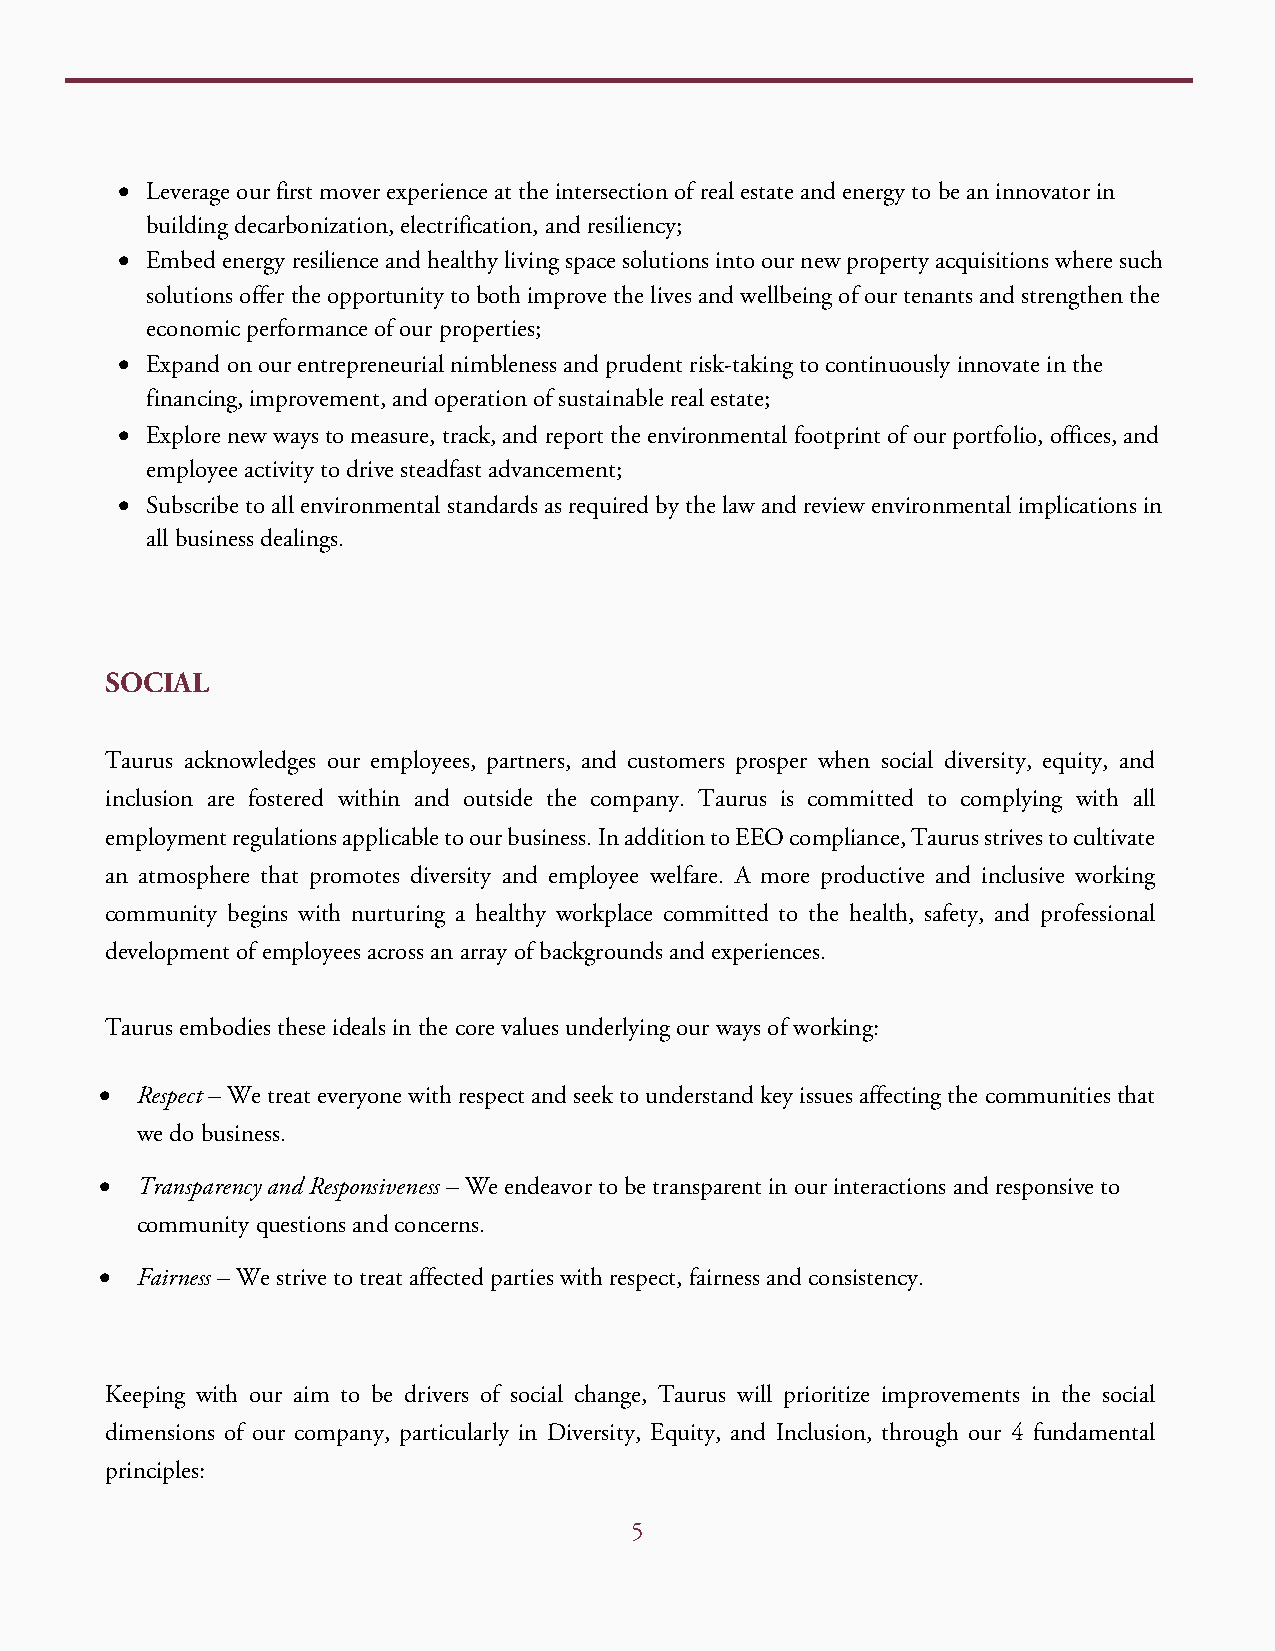
• Leverage our first mover experience at the intersection of real estate and energy to be an innovator in
 building decarbonization, electrification, and resiliency;
 • E mbed energy resilience and healthy living space solutions into our new property acquisitions where such
 solutions offer the opportunity to both improve the lives and wellbeing of our tenants and strengthen the
 economic performance of our properties;
 • Expand on our entrepreneurial nimbleness and prudent risk-taking to continuously innovate in the
 f inancing, improvement, and operation of sustainable real estate;
 • Explore new ways to measure, track, and report the environmental footprint of our portfolio, offices, and
 employee activity to drive steadfast advancement;
 • Subscribe to all environmental standards as required by the law and review environmental implications in
 a ll business dealings.
 SOCIAL
 Taurus acknowledges our employees, partners, and customers prosper when social diversity, equity, and
 inclusion are fostered within and outside the company. Taurus is committed to complying with all
 employment regulations applicable to our business. In addition to EEO compliance, Taurus strives to cultivate
 an atmosphere that promotes diversity and employee welfare. A more productive and inclusive working
 community begins with nurturing a healthy workplace committed to the health, safety, and professional
 development of employees across an array of backgrounds and experiences.
 Taurus embodies these ideals in the core values underlying our ways of working:
 • Respect – We treat everyone with respect and seek to understand key issues affecting the communities that
 we do business.
 • Transparency and Responsiveness – We endeavor to be transparent in our interactions and responsive to
 community questions and concerns.
 • Fairness – We strive to treat affected parties with respect, fairness and consistency.
 Keeping with our aim to be drivers of social change, Taurus will prioritize improvements in the social
 dimensions of our company, particularly in Diversity, Equity, and Inclusion, through our 4 fundamental
 principles:
 5